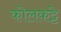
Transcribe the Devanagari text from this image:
कोलकट्टे